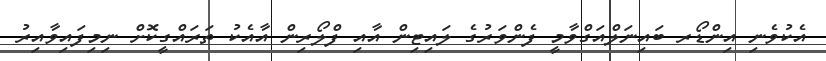
އެކުވެނި އިންޑޯރ ބައިނަލްއަގްވާމީ ފެންވަރުގެ ލައިޓިން އާއި ފްލޯރިން އާއެކު ތަރައްގީކޮށް ނިމިފައިވާއިރު